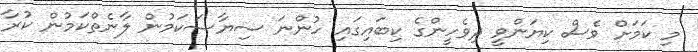
މި ކަމަށް ވެސް ކިޔަންވީ ދިވެހީންގެ ކިބައިގައި ހުންނަ ސިޔާސަކަމުން ލާނެތްކަމުން ކުރާ